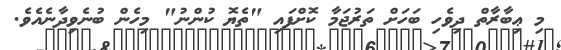
މި ޢިބާރާތް ދިވެހި ބަހަށް ތަރުޖަމާ ކޮށްފައި "ތެޔޮ ކުންނު" މިހެން ބުނެވިދާނެއެވެ.